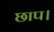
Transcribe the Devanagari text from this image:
छाप।